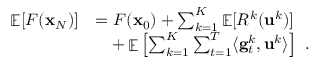
\begin{array} { r l } { \mathop { \mathbb { E } } [ F ( { \mathbf x } _ { N } ) ] } & { = F ( { \mathbf x } _ { 0 } ) + \sum _ { k = 1 } ^ { K } \mathop { \mathbb { E } } [ R ^ { k } ( \mathbf { u } ^ { k } ) ] } \\ & { \quad + \mathop { \mathbb { E } } \left[ \sum _ { k = 1 } ^ { K } \sum _ { t = 1 } ^ { T } \langle \mathbf { g } _ { t } ^ { k } , \mathbf { u } ^ { k } \rangle \right] ~ . } \end{array}